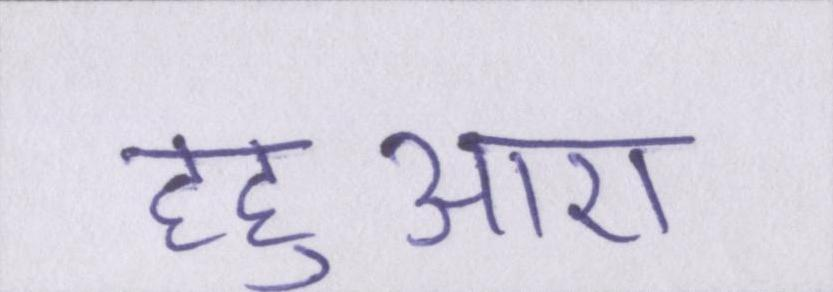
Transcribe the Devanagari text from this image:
हहुआए